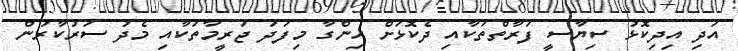
އަދި އިދިކޮޅު ސިޔާސީ ފަރާތްތަކާއި ދެކޮޅަށް ހިންގާ މިފަދަ ޖަރީމާތަކާއި މެދު ސަރުކާރުން